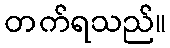
တက်ရသည်။